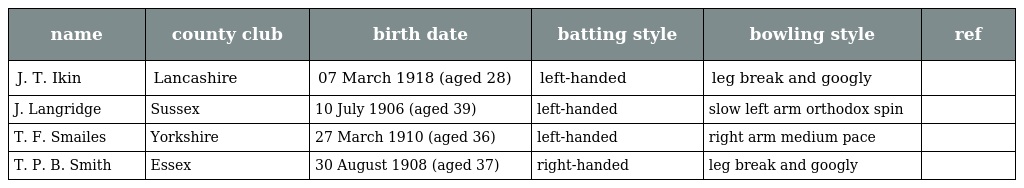
| name | county club | birth date | batting style | bowling style | ref |
 | --- | --- | --- | --- | --- | --- |
 | J. T. Ikin | Lancashire | 07 March 1918 (aged 28) | left-handed | leg break and googly |  |
 | J. Langridge | Sussex | 10 July 1906 (aged 39) | left-handed | slow left arm orthodox spin |  |
 | T. F. Smailes | Yorkshire | 27 March 1910 (aged 36) | left-handed | right arm medium pace |  |
 | T. P. B. Smith | Essex | 30 August 1908 (aged 37) | right-handed | leg break and googly |  |